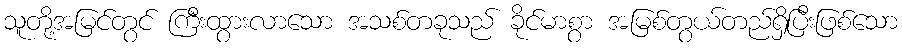
သူတု့ိအမြင်တွင် ကြီးထွားလာသော အသစ်တခုသည် ခိုင်မာစွာ အမြစ်တွယ်တည်ရှိပြီးဖြစ်သော